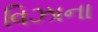
વિઝાના